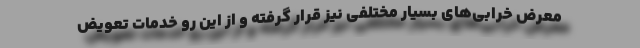
معرض خرابی‌های بسیار مختلفی نیز قرار گرفته و از این رو خدمات تعویض